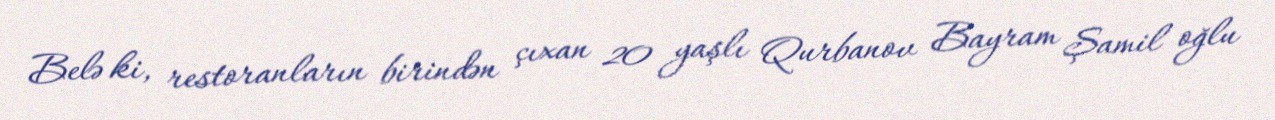
Belə ki, restoranların birindən çıxan 20 yaşlı Qurbanov Bayram Şamil oğlu